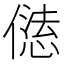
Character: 𠎢